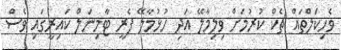
ވެހިކަލްތައް ޗެކް ކުރުމަށް ވިލިމާލޭ އަދި ހުޅުމާލޭ ފެރީ ޓާމިނަލް ކައިރީގައި ވެސް